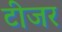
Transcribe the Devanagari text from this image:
टीजर